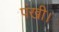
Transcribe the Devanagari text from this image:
पंखी।